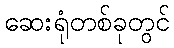
ဆေးရုံတစ်ခုတွင်